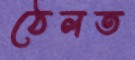
ঠেলত